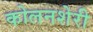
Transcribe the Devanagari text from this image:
कोलनशेरी